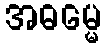
အဓမ္မေ